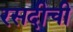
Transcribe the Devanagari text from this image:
रसदीची